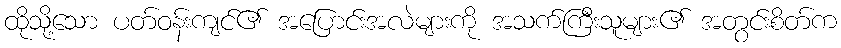
ထိုသို့သော ပတ်ဝန်းကျင်၏ အပြောင်းအလဲများကို အသက်ကြီးသူများ၏ အတွင်းစိတ်က